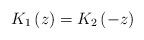
LaTeX: \begin{align*}K_{1}\left( z\right) =K_{2}\left( -z\right)\end{align*}